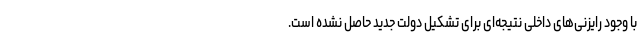
با وجود رایزنی‌های داخلی نتیجه‌ای برای تشکیل دولت جدید حاصل نشده است.